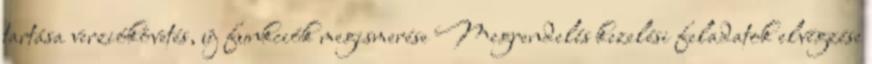
tartása verziókövetés, új funkciók megismerése Megrendelés kezelési feladatok elvégzése